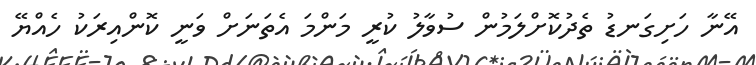
އޭނާ ހަށިގަނޑު ތެދުކޮށްލަމުން ސުވާލު ކުރީ މަންމަ އެތަނަށް ވަނީ ކޮންއިރަކު ހެއްޔޭ